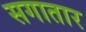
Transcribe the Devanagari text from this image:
सगातार